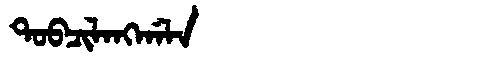
Manchu: ᡨᠣᠪᠴᡳᠯᠠᠩᡤᠠᠯᠠ
Romanization: TOBCILANGGALA